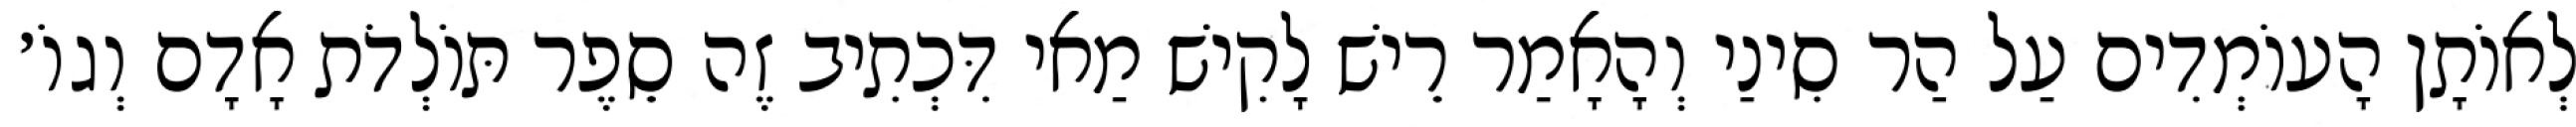
לְאוֹתָן הָעוֹמְדִים עַל הַר סִינַי וְהָאָמַר רֵישׁ לָקִישׁ מַאי דִּכְתִיב זֶה סֵפֶר תּוֹלְדֹת אָדָם וְגוֹ׳